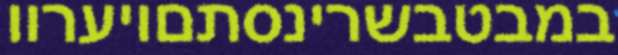
במבטבשרינסתםויערוו